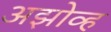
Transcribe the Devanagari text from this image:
अझोव्ह